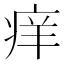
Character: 痒